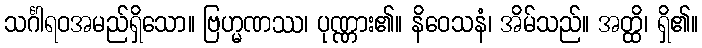
သင်္ဂါရဝအမည်ရှိသော။ ဗြဟ္မဏဿ၊ ပုဏ္ဏား၏။ နိဝေသနံ၊ အိမ်သည်။ အတ္ထိ၊ ရှိ၏။